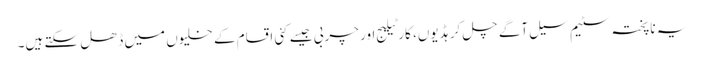
یہ ناپختہ سٹیم سیل آگے چل کر ہڈیوں، کارٹیلیج اور چربی جیسے کئی اقسام کے خلیوں میں ڈھل سکتے ہیں۔